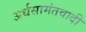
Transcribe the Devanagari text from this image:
अर्धसामंतवादी